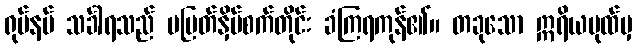
ရုပ်နမ် သင်္ခါရသည် မပြတ်နှိပ်စက်တိုင်း ခံကြရကုန်၏။ တခုသော ဣရိယပုထ်မှ